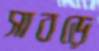
সাবড়ে